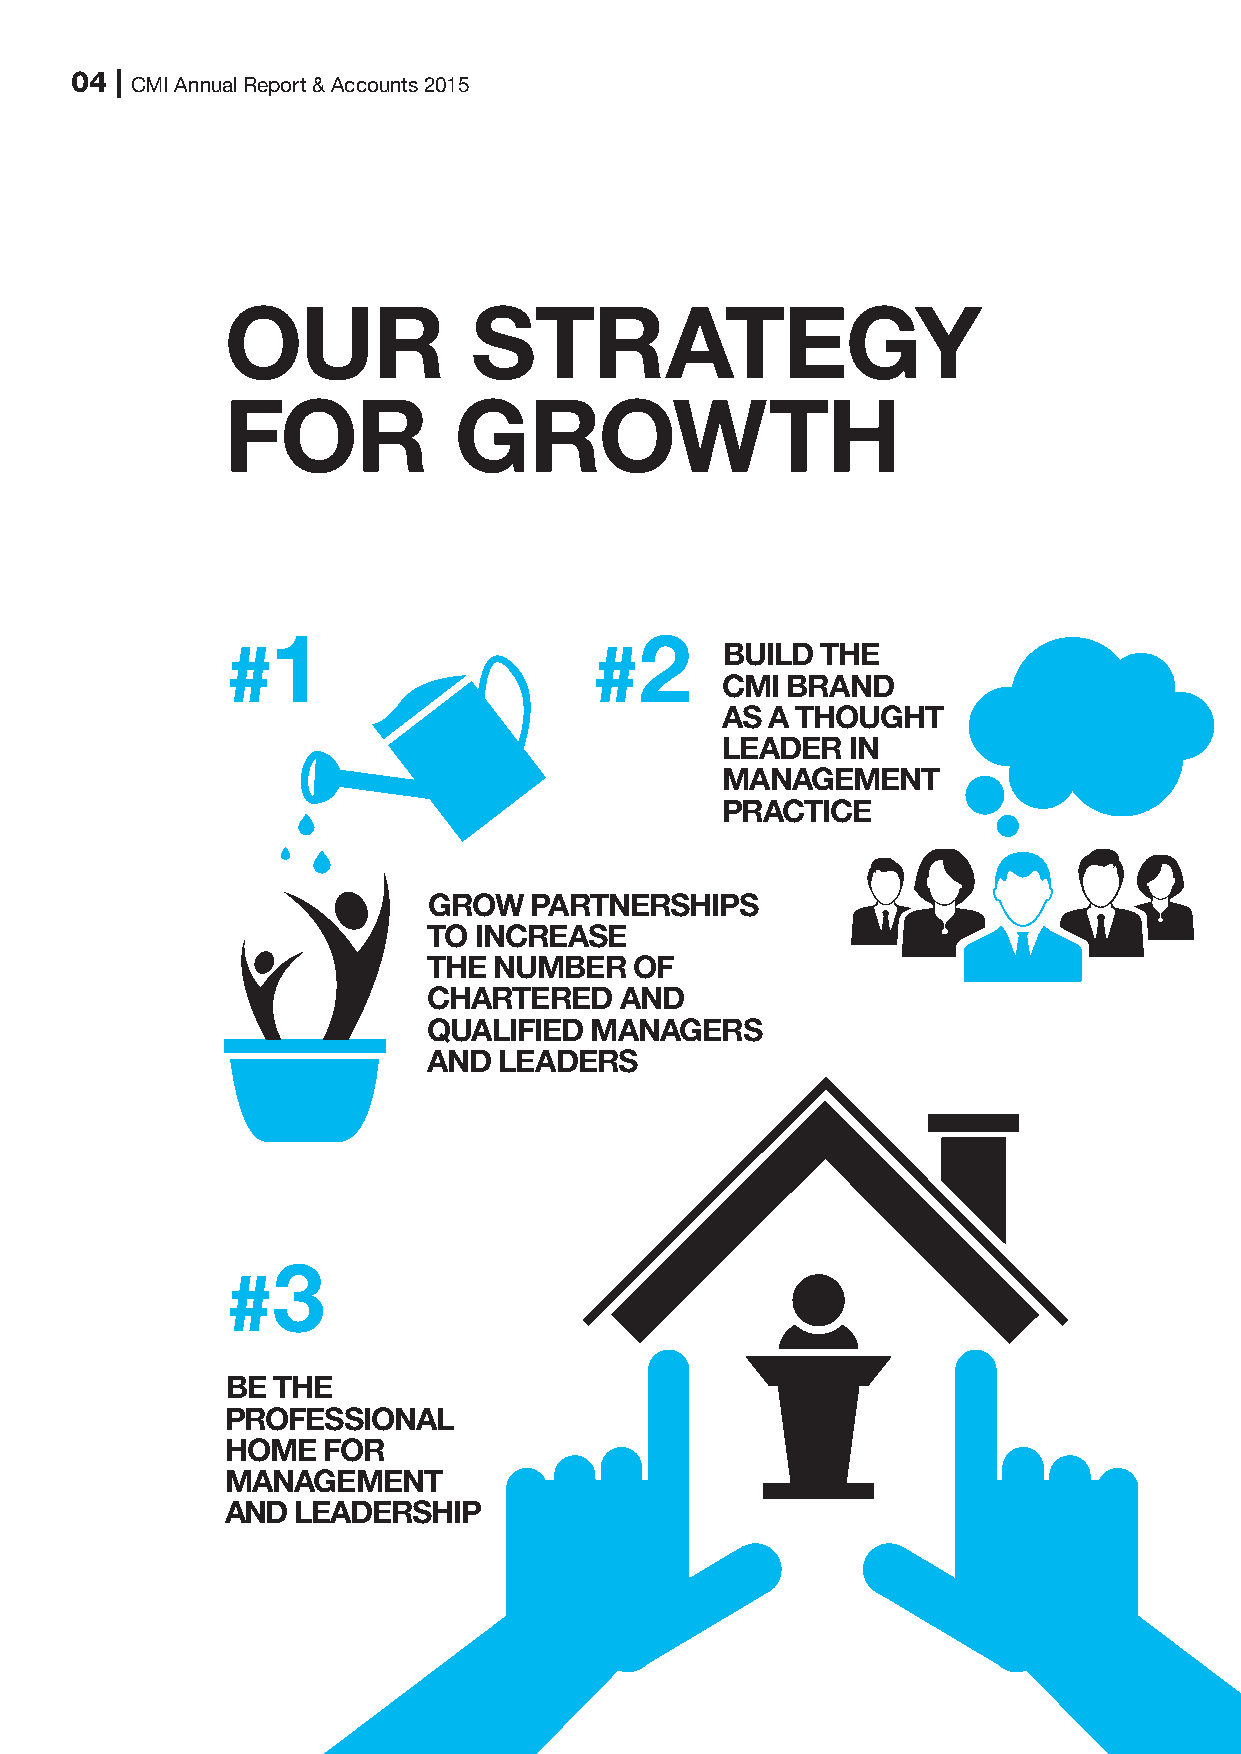
04 | CMI Annual Report & Accounts 2015
 OUR             STRATEGY
 FOR            GROWTH
 1                       2
 #                       #        BUILD THE
 CMI BRAND
 AS A THOUGHT
 LEADER  IN
 MANAGEMENT
 PRACTICE
 GROW   PARTNERSHIPS
 TO INCREASE
 THE  NUMBER   OF
 CHARTERED    AND
 QUALIFIED  MANAGERS
 AND  LEADERS
 3
 #
 BE THE
 PROFESSIONAL
 HOME  FOR
 MANAGEMENT
 AND  LEADERSHIP